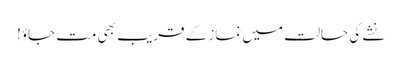
نشے کی حالت میں نماز کے قریب بھی مت جاؤ!